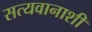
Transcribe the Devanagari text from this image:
सत्यवानाशी